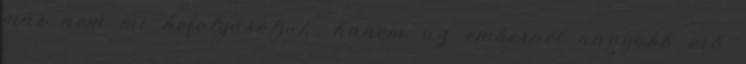
már nem mi befolyásoljuk, hanem az embernél nagyobb erő